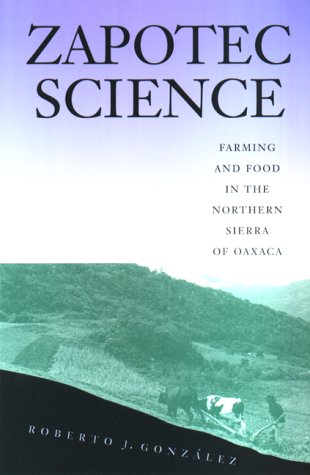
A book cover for Zapotec Science: Farming and Food in the Northern Sierra of Oaxaca; Roberto J. Gonzalez; Science & Math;